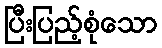
ပြီးပြည့်စုံသော